Regulations for the medical services of the Army of India
Year: 1930
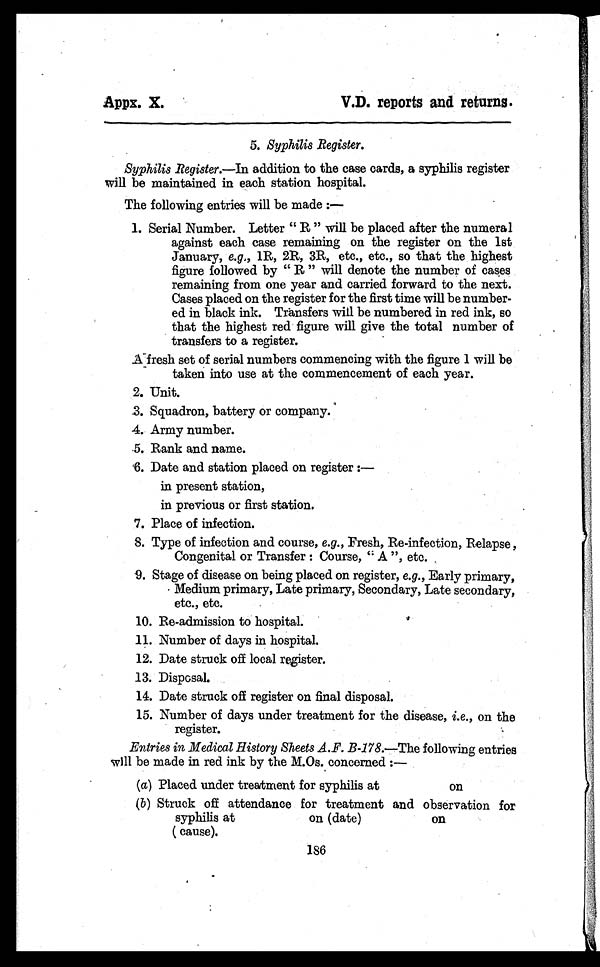
Apps. X.
V.D. reports and returns.
5. Syphilis Register.
Syphilis Register.—In addition to the case cards, a syphilis register
will be maintained in each station hospital.
The following entries will be made :
—
1. Serial Number. Letter " R " will be placed after the numeral
against each case remaining on the register on the 1st
January, e.g., 1R, 2R, 3R, etc., etc., so that the highest
figure followed by " R " will denote the number of cases
remaining from one year and carried forward to the next.
Cases placed on the register for the first time will be number-
ed in black ink. Transfers will be numbered in red ink, so
that the highest red figure will give the total number of
transfers to a register.
A fresh set of serial numbers commencing with the figure I will be
taken into use at the commencement of each year.
2. Unit.
3. Squadron, battery or company.
4. Army number.
5. Rank and name.
6. Date and station placed on register :
—
in present station,
in previous or first station.
7. Place of infection.
8. Type of infection and course, e.g., Fresh, Re-infection, Relapse,
Congenital or Transfer : Course, " A ", etc.
9. Stage of disease on being placed on register, e.g., Early primary,
Medium primary, Late primary, Secondary, Late secondary,
etc., etc.
10. Re-admission to hospital.
11. Number of days in hospital.
12. Date struck off local register.
13. Disposal.
14. Date struck off register on final disposal.
15. Number of days under treatment for the disease, i.e., on the
register.
Entries in Medical History Sheets A.F. B-178.—The following entries
will be made in red ink by the M.Os. concerned :
—
(a) Placed under treatment for syphilis at on
(b)Struck off attendance for treatment and observation for
syphilis at on (date) on
( cause).
186